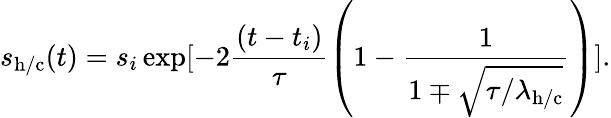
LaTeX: s_{\mathrm{h/c}}(t)=s_{i}\exp[-2\frac{(t-t_{i})}{\tau}\left(1-\frac{1}{1\mp\sqrt{{\tau}/{\lambda_{\mathrm{h/c}}}}}\right)].